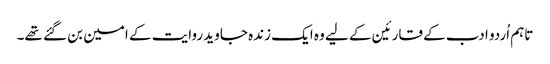
تاہم اُردو ادب کے قارئین کے لیے وہ ایک زندہ جاوید روایت کے امین بن گئے تھے۔